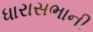
ધારાસભાની